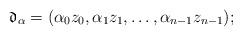
LaTeX: \begin{align*}\mathfrak{d}_\alpha=(\alpha_0z_0,\alpha_1z_1,\ldots,\alpha_{n-1}z_{n-1}); \end{align*}